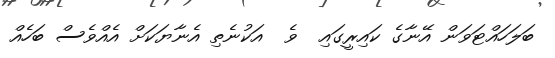
ބަލަހައްޓަވަން އޭނާގެ ކައިރީގައި  ވެ  އަކުނެތި އެނާޔަކަށް އެއްވެސް ބަހެއް